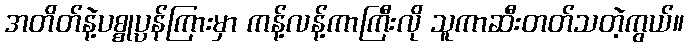
အတိတ်နဲ့ပစ္စုပ္ပန်ကြားမှာ ကန့်လန့်ကာကြီးလို သူကာဆီးတတ်သတဲ့ကွယ်။